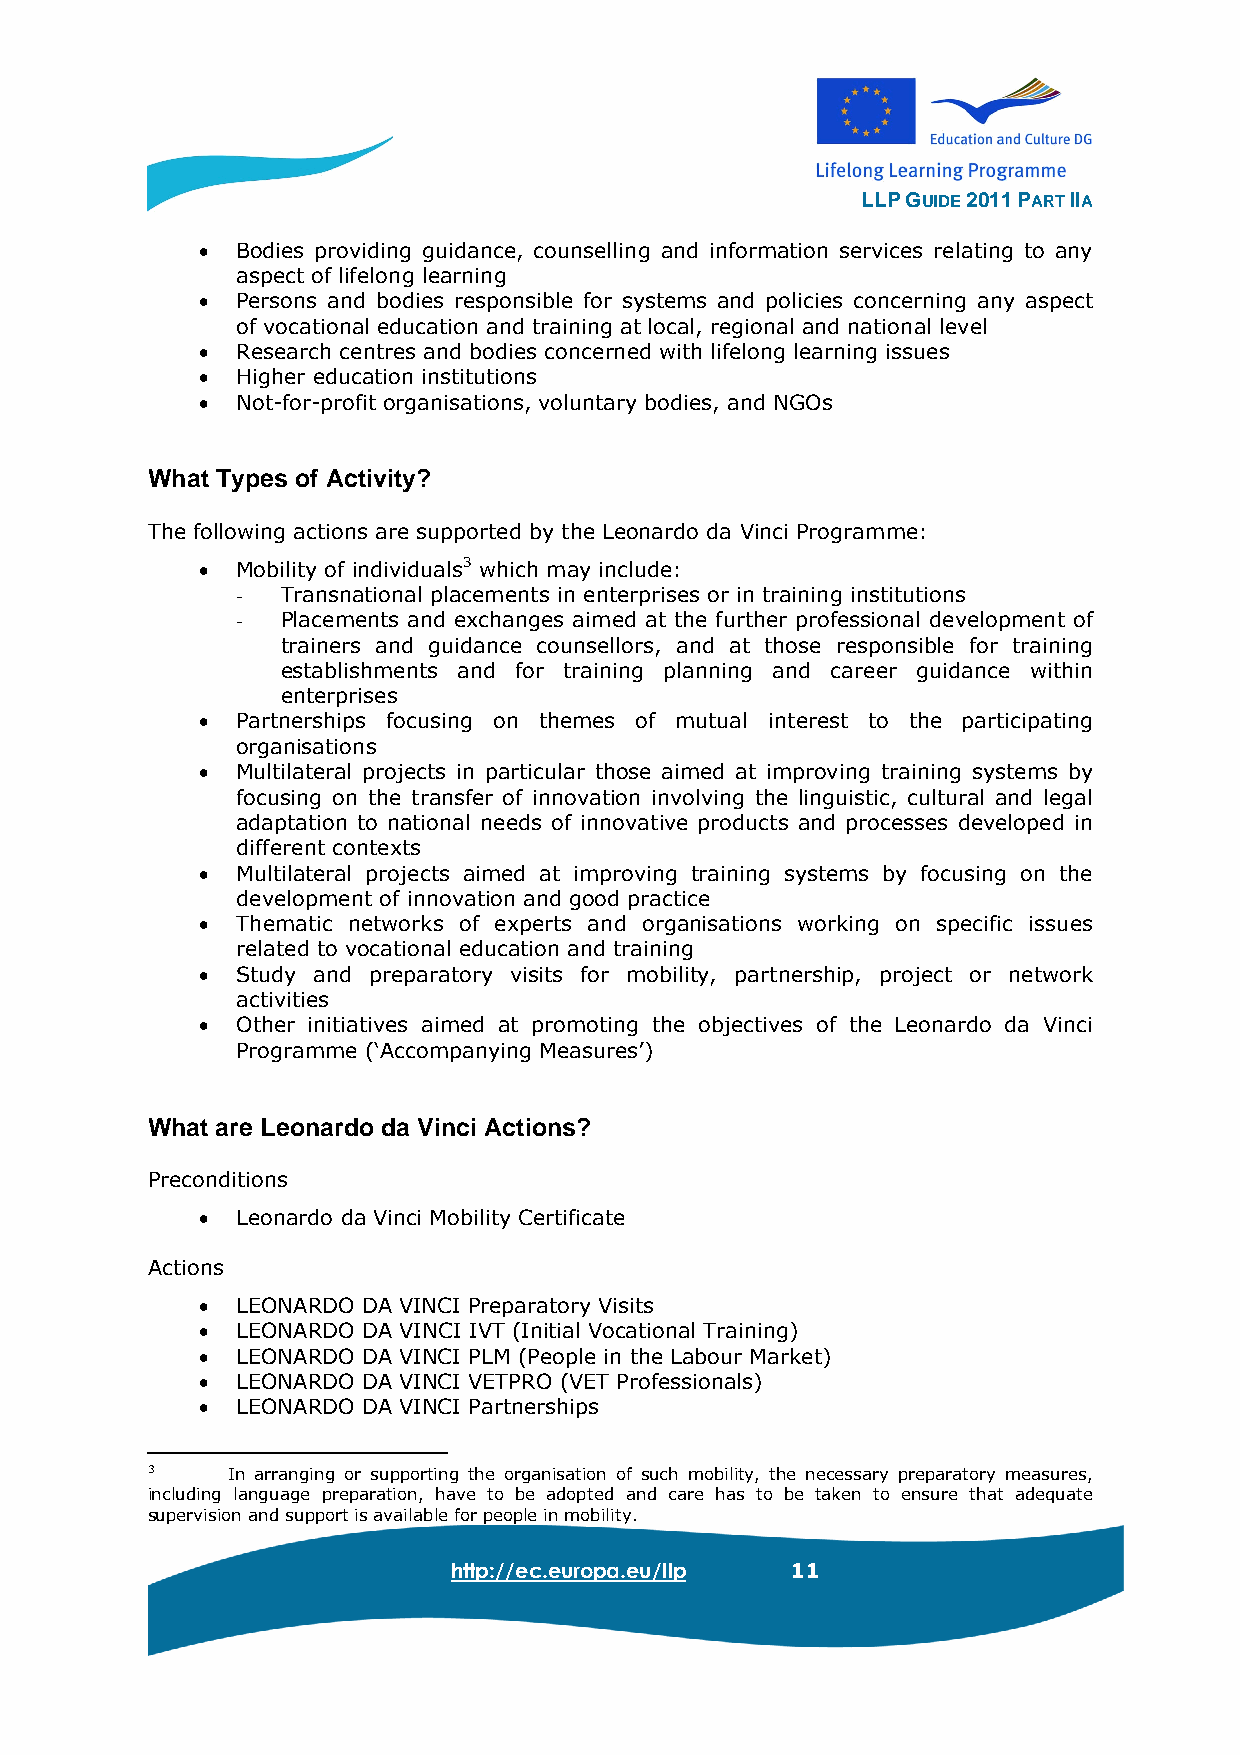
LLP GUIDE 2011 PART IIA
 •  Bodies providing guidance, counselling and information services relating to any
 aspect of lifelong learning
 •  Persons and bodies responsible for systems and policies concerning any aspect
 of vocational education and training at local, regional and national level
 •  Research centres and bodies concerned with lifelong learning issues
 •  Higher education institutions
 •  Not-for-profit organisations, voluntary bodies, and NGOs
 What Types of Activity?
 The following actions are supported by the Leonardo da Vinci Programme:
 •  Mobility of individuals3 which may include:
 -  Transnational placements in enterprises or in training institutions
 -  Placements and exchanges aimed at the further professional development of
 trainers and guidance counsellors, and at those responsible for training
 establishments and for training planning and career guidance within
 enterprises
 •  Partnerships focusing on themes of mutual interest to the participating
 organisations
 •  Multilateral projects in particular those aimed at improving training systems by
 focusing on the transfer of innovation involving the linguistic, cultural and legal
 adaptation to national needs of innovative products and processes developed in
 different contexts
 •  Multilateral projects aimed at improving training systems by focusing on the
 development of innovation and good practice
 •  Thematic networks of experts and organisations working on specific issues
 related to vocational education and training
 •  Study and preparatory visits for mobility, partnership, project or network
 activities
 •  Other initiatives aimed at promoting the objectives of the Leonardo da Vinci
 Programme (‘Accompanying Measures’)
 What are Leonardo da Vinci Actions?
 Preconditions
 •  Leonardo da Vinci Mobility Certificate
 Actions
 •  LEONARDO DA VINCI Preparatory Visits
 •  LEONARDO DA VINCI IVT (Initial Vocational Training)
 •  LEONARDO DA VINCI PLM (People in the Labour Market)
 •  LEONARDO DA VINCI VETPRO (VET Professionals)
 •  LEONARDO DA VINCI Partnerships
 3    In arranging or supporting the organisation of such mobility, the necessary preparatory measures,
 including language preparation, have to be adopted and care has to be taken to ensure that adequate
 supervision and support is available for people in mobility.
 http://ec.europa.eu/llp 11